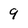
Character: 9